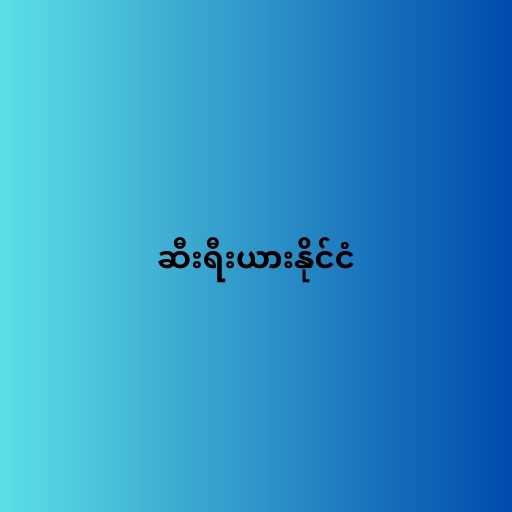
ဆီးရီးယားနိုင်ငံ